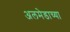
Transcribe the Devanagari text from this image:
अलमेडाच्या